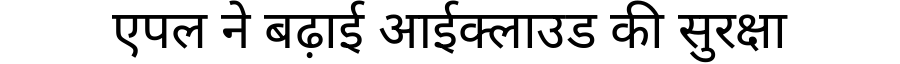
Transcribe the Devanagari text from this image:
एपल ने बढ़ाई आईक्लाउड की सुरक्षा